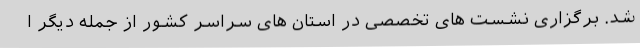
شد. برگزاری نشست های تخصصی در استان های سراسر کشور از جمله دیگر ا